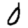
Digit: 0